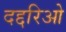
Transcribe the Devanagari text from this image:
दद्दरिओ